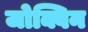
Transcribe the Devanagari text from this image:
जोक्विन